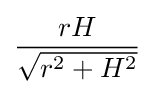
{rH \over {\sqrt {r^{2}+H^{2}}}}